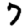
Digit: 7